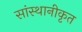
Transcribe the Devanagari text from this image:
सांस्थानीकृत